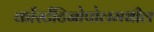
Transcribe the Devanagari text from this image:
काँस्टँटिनोपोलमधील